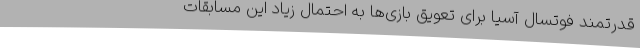
قدرتمند فوتسال آسیا برای تعویق بازی‌ها به احتمال زیاد این مسابقات